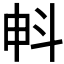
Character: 𣁱